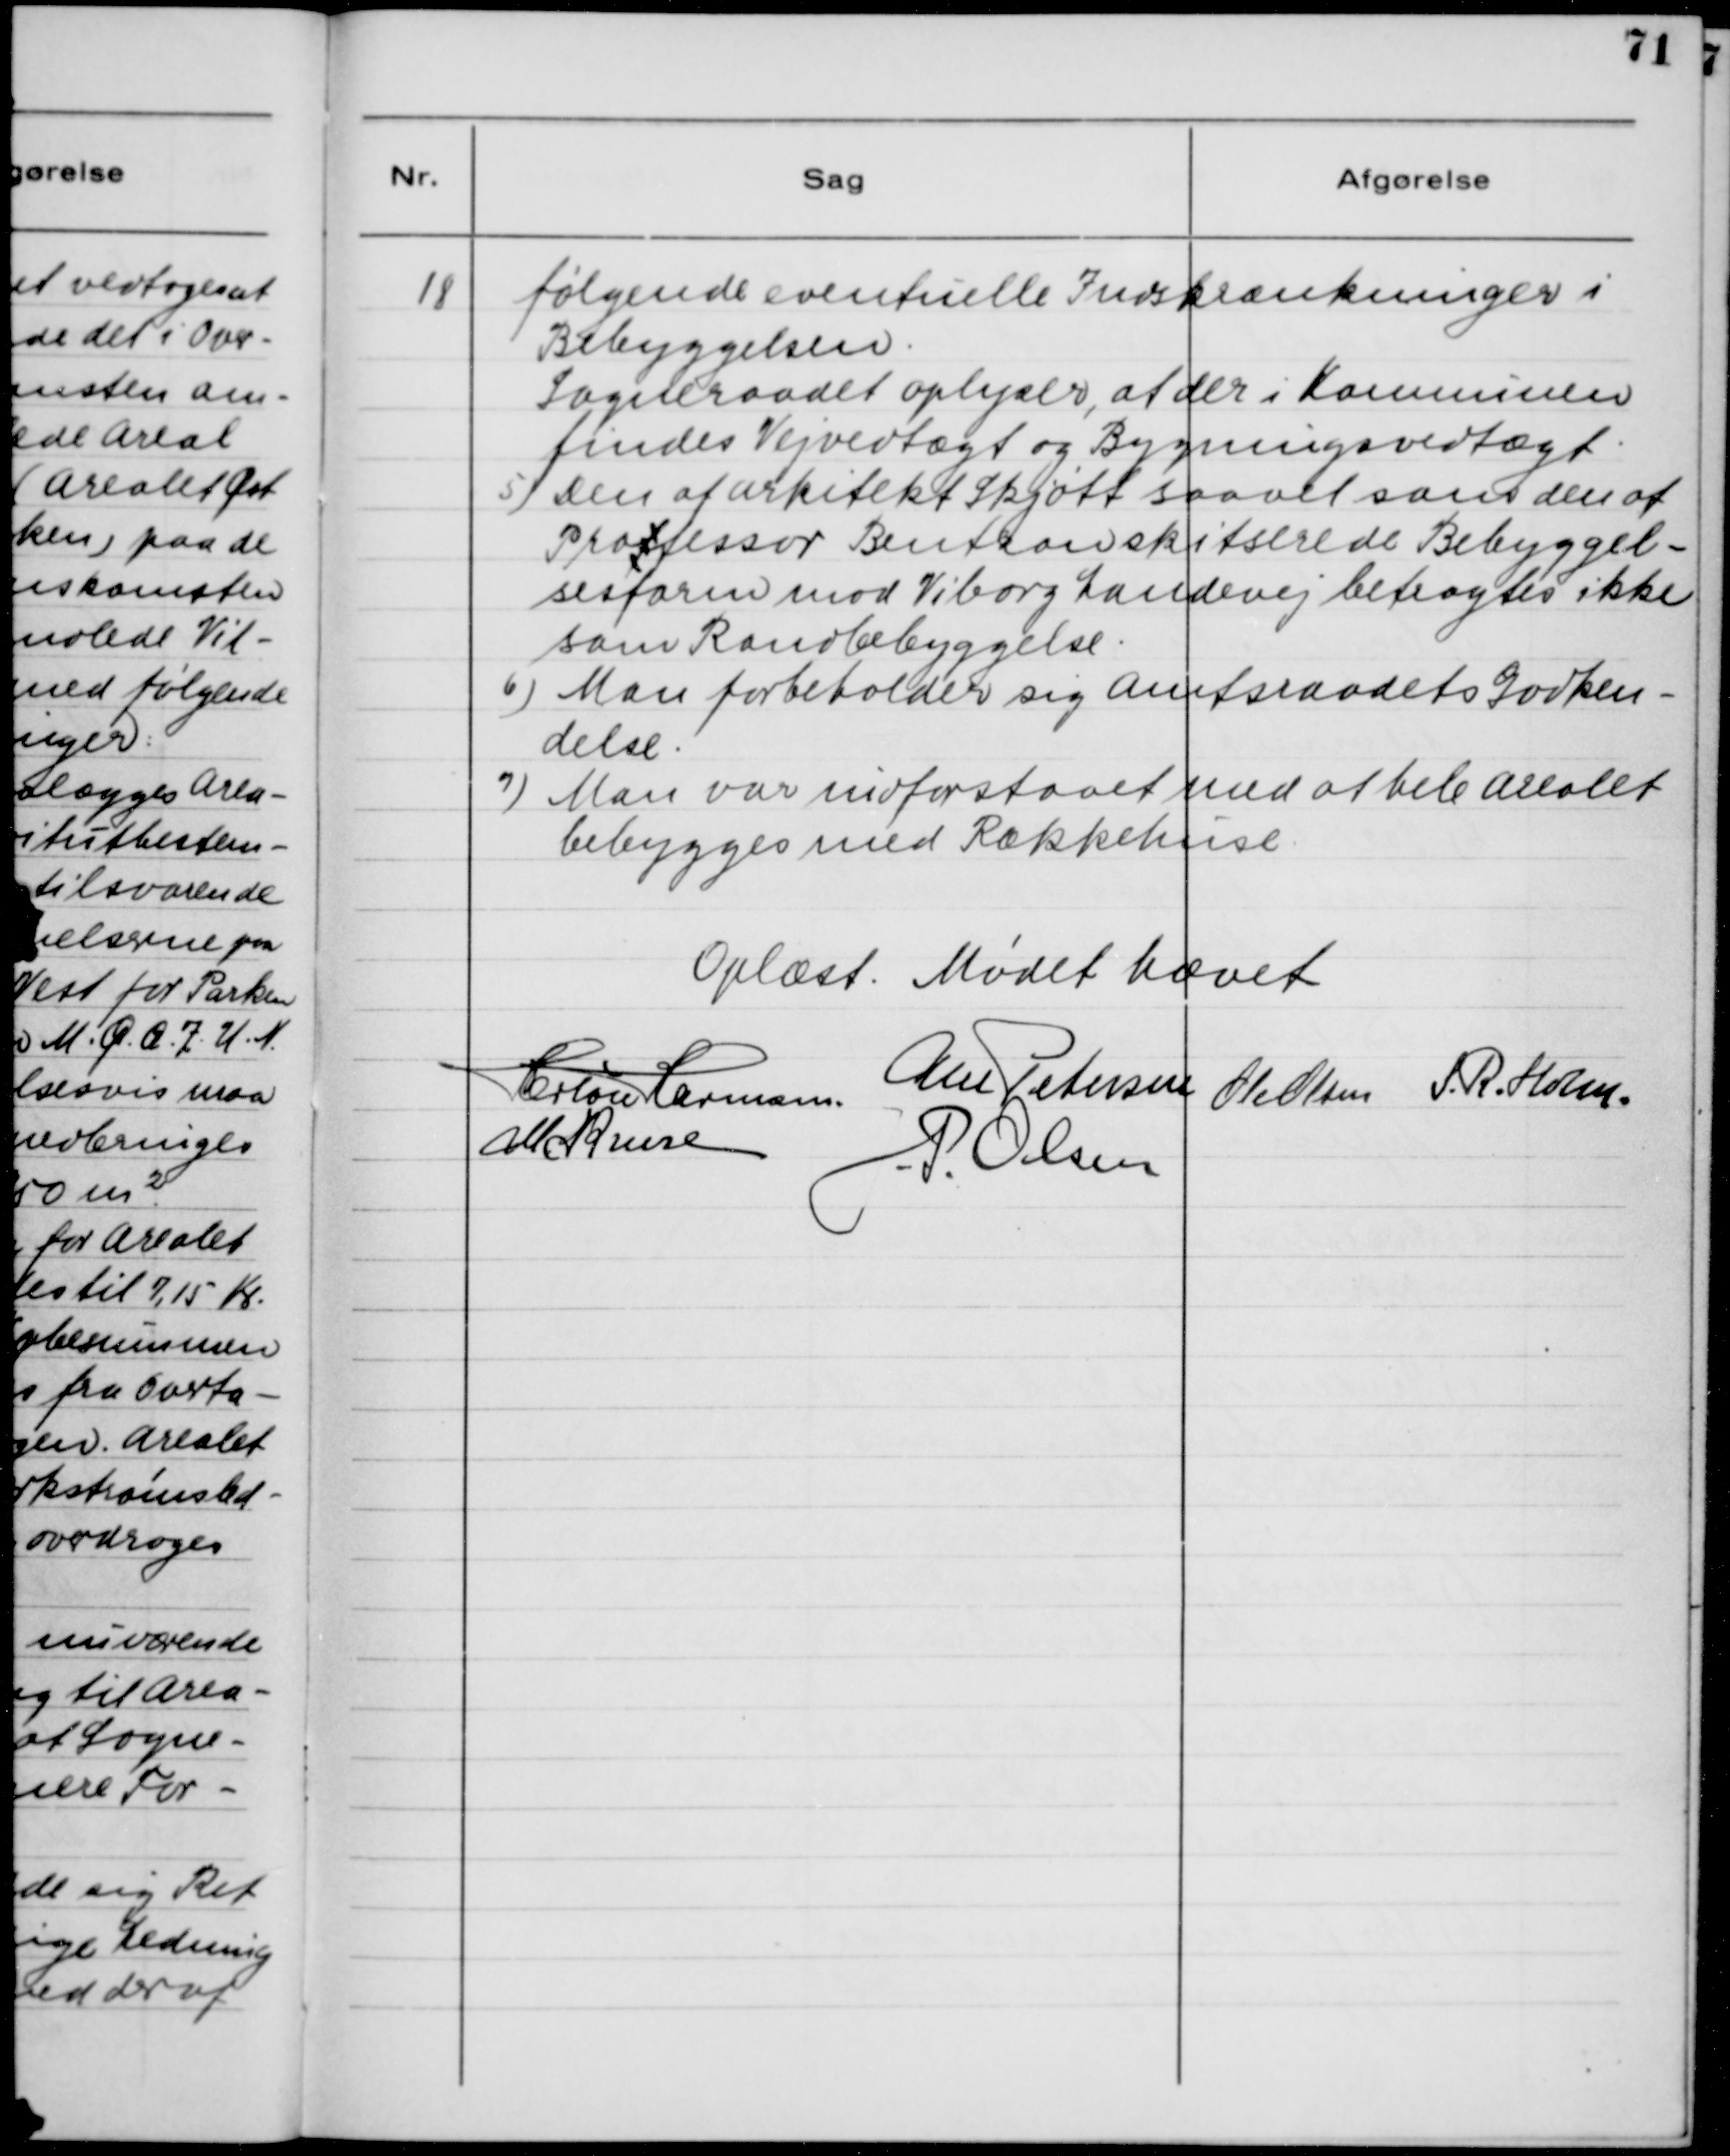
Transskription:
18. følgende eventuelle Indskrænkninger i
Bebyggelsen.
Sogneraadet oplyser, at der i Kommunen
findes Vejvedtægt og Bygningsvedtægt.
5) Den af Arkitekt Skjøtt saavel som den af
Proffessor Bentson skitserede Bebyggel-
sesform mod Viborg Landevej betragtes ikke
som Randbebyggelse.
6) Man forbeholder sig Amtsraadets Godken.
delse.
7) Man var indforstaaet med at hele Arealet
bebygges med Rækkehuse.

Oplæst. Mødet hævet.